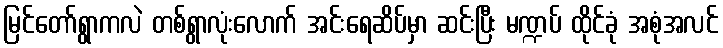
မြင်တော်ရွာကလဲ တစ်ရွာလုံးလောက် အင်းရေဆိပ်မှာ ဆင်းပြီး မဏ္ဍပ် ထိုင်ခုံ အစုံအလင်